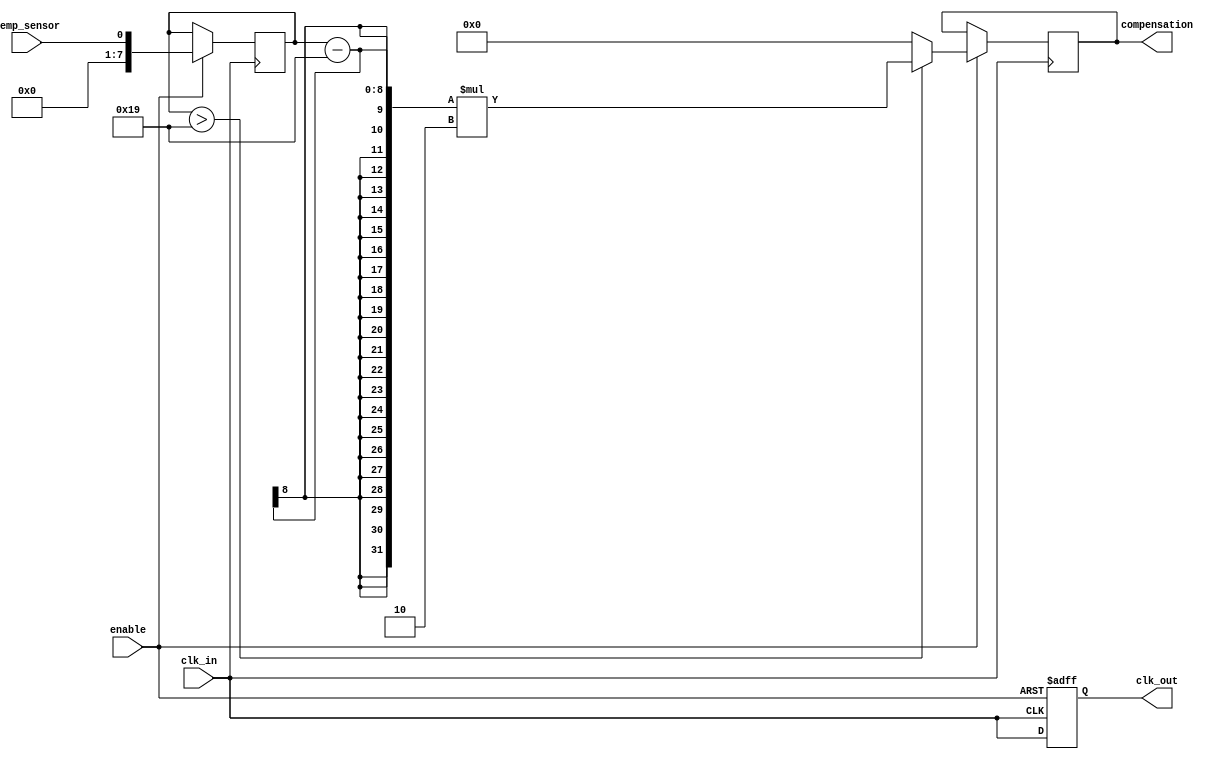
module temp_comp_clock_buffer (
    input wire clk_in,           // Input clock signal
    input wire temp_sensor,      // Temperature sensor input (digital)
    input wire enable,           // Enable signal for power management
    output reg clk_out,          // Buffered clock output
    output reg [7:0] compensation // Compensation settings (for demonstration)
);

// Parameters for clock characteristics
parameter CLK_FREQ = 100; // Base clock frequency in MHz
parameter TEMP_THRESHOLD = 25; // Temperature threshold for compensation
parameter COMPENSATION_FACTOR = 2; // Factor to adjust clock characteristics

// Internal signals
reg [7:0] temp_value; // Temperature value from sensor
reg [7:0] adjusted_delay; // Adjusted delay based on temperature

// Temperature compensation logic
always @(posedge clk_in or negedge enable) begin
    if (!enable) begin
        clk_out <= 1'b0; // Disable output clock when not enabled
    end else begin
        // Simulate reading temperature value (for demonstration)
        temp_value <= temp_sensor; // Assume temp_sensor provides a digital value

        // Adjust compensation based on temperature
        if (temp_value > TEMP_THRESHOLD) begin
            compensation <= (temp_value - TEMP_THRESHOLD) * COMPENSATION_FACTOR;
        end else begin
            compensation <= 8'b0; // No compensation needed
        end

        // Adjusted delay based on compensation
        adjusted_delay <= compensation; // This would typically affect rise/fall times

        // Buffering the clock signal with compensation
        clk_out <= clk_in; // Simple buffering, replace with actual logic for delay adjustment
    end
end

endmodule